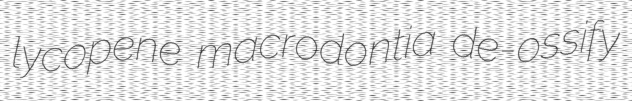
lycopene macrodontia de-ossify